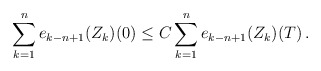
\begin{align*}\sum_{k=1}^n e_{k-n+1}(Z_k)(0) \le C \sum_{k=1}^{n} e_{k-n+1}(Z_k) (T) \,.\end{align*}